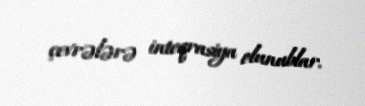
çevrələrə inteqrasiya olunublar.